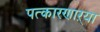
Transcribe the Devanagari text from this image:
पत्कारणाऱ्या